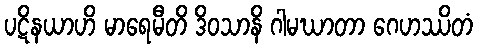
ပဋိနယာဟိ မာရေမီတိ ဒိဝသာနိ ဂါမဃာတာ ဂေဟဿိတံ